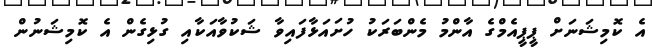
އެ ކޮމިޝަނަށް ޕީޕީއެމްގެ އާންމު މެންބަރަކު ހުށައަޅާފައިވާ ޝަކުވާއަކާއި ގުޅިގެން އެ ކޮމިޝަނުން